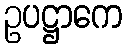
ဥပဋ္ဌာကေ